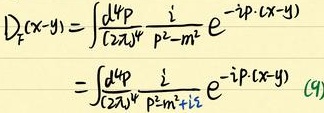
\(D_{F}(x - y)=\int\frac{d^{4}p}{(2\pi)^{4}}\frac{i}{p^{2}-m^{2}}e^{-ip\cdot(x - y)}\)
\(=\int\frac{d^{4}p}{(2\pi)^{4}}\frac{i}{p^{2}-m^{2}+i\varepsilon}e^{-ip\cdot(x - y)}\quad(9)\)